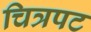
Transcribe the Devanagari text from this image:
चित्रपट